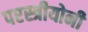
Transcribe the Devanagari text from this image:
परस्त्रीयोनी